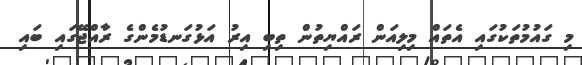
މި ގައުމުތަކުގައި އެތައް މިލިއަން ރައްޔިތުން ތިބި އިރު އަޅުގަނޑުމެންގެ ރާއްޖޭގައި ބައި